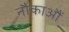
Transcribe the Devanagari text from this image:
नौकाआैं